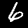
Digit: 6